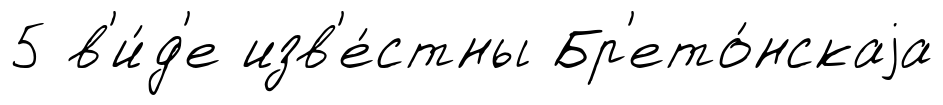
5 в'и́д'е изв'е́стны Бр'ето́нскаjа